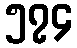
၅၇၄